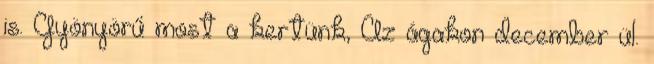
is. Gyönyörű most a kertünk, Az ágakon december ül.